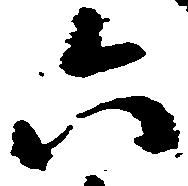
六